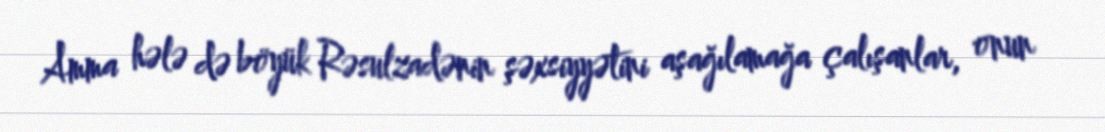
Amma hələ də böyük Rəsulzadənin şəxsiyyətini aşağılamağa çalışanlar, onun